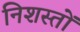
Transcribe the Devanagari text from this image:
निशस्तों